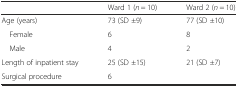
<table><thead><tr><td>[EMPTY_CELL]</td><td><b>Ward 1 (<i>n</i> = 10)</b></td><td><b>Ward 2 (<i>n</i> = 10)</b></td></tr></thead><tbody><tr><td>Age (years)</td><td>73 (SD ±9)</td><td>77 (SD ±10)</td></tr><tr><td> Female</td><td>6</td><td>8</td></tr><tr><td> Male</td><td>4</td><td>2</td></tr><tr><td>Length of inpatient stay</td><td>25 (SD ±15)</td><td>21 (SD ±7)</td></tr><tr><td>Surgical procedure</td><td>6</td><td>[EMPTY_CELL]</td></tr></tbody></table>